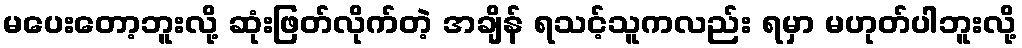
မပေးတော့ဘူးလို့ ဆုံးဖြတ်လိုက်တဲ့ အချိန် ရသင့်သူကလည်း ရမှာ မဟုတ်ပါဘူးလို့